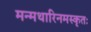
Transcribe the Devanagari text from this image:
मन्मथारिनमस्कृतः